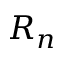
R _ { n }